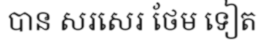
បាន សរសេរ ថែម ទៀត